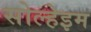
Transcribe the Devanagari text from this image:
सोल्हेइम